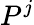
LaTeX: P^{j}